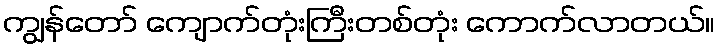
ကျွန်တော် ကျောက်တုံးကြီးတစ်တုံး ကောက်လာတယ်။